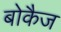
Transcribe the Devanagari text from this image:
बोकैज